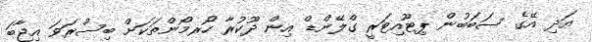
އަދި އޭގެ ސަބަބުން ޕިޓޫއިޓަރީ ގްލޭންޑް އިން ދޫކުރާ ހޯރމޯންތަކަށް ބިސްރަވަ އިޖާބަ